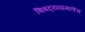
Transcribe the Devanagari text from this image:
बिबट्याप्रमाणेच